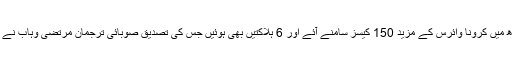
سندھ میں کرونا وائرس کے مزید 150 کیسز سامنے آئے اور 6 ہلاکتیں بھی ہوئیں جس کی تصدیق صوبائی ترجمان مرتضیٰ وہاب نے کی۔